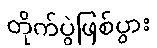
တိုက်ပွဲဖြစ်ပွား